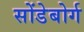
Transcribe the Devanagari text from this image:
सोंडेबोर्ग